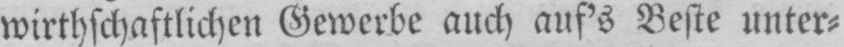
wirtschaftlichen Gewerbe auch auf’s Beste unter⸗